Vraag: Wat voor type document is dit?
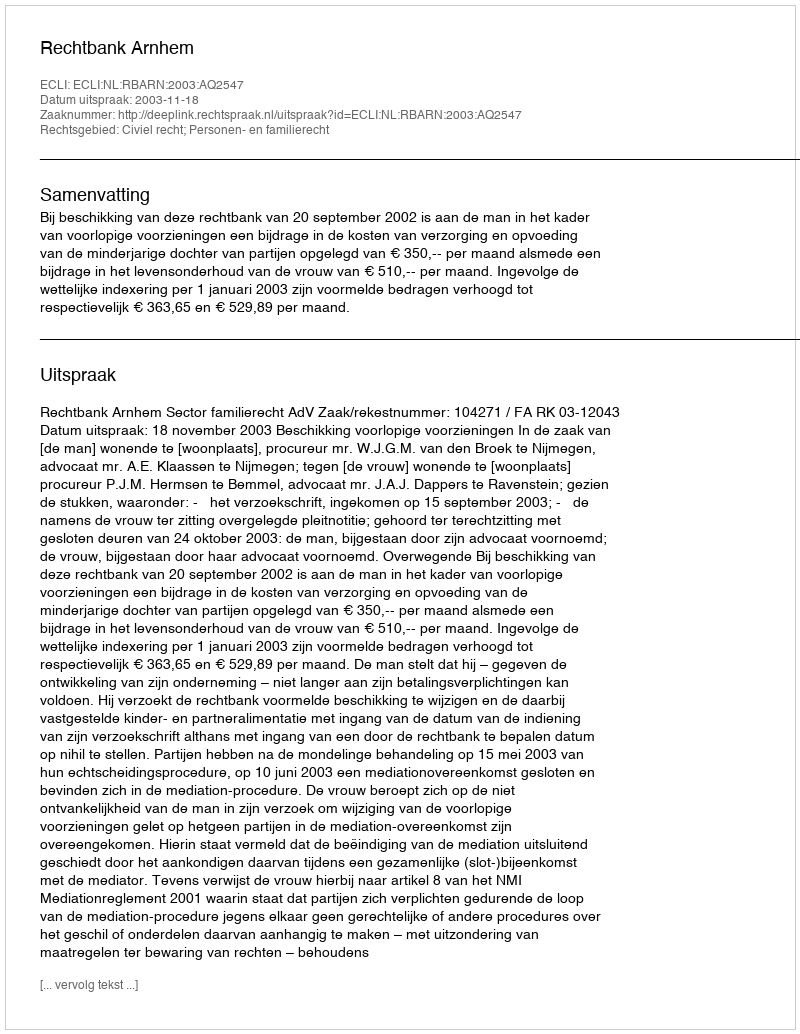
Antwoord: Uitspraak